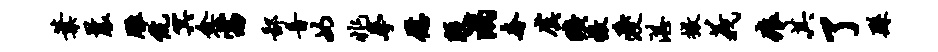
叶曩雕伉冥愈窈鄙音女兆拳慰殷溺奢虞旷撤爱湛撤义痕其了繇